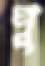
পু